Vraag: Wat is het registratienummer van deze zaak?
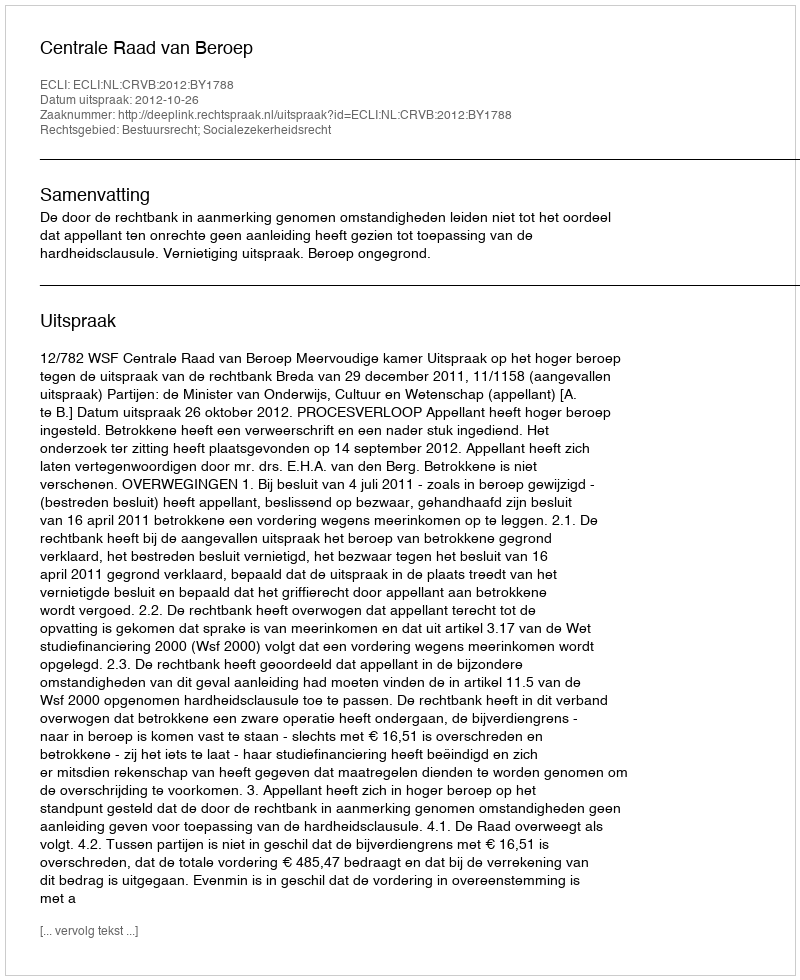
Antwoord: http://deeplink.rechtspraak.nl/uitspraak?id=ECLI:NL:CRVB:2012:BY1788